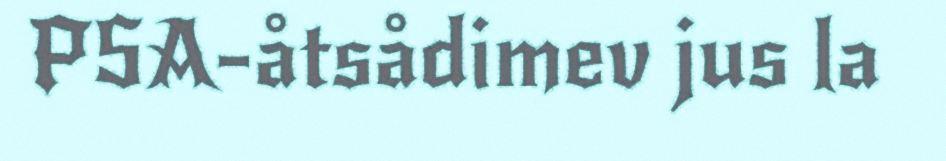
PSA-åtsådimev jus la